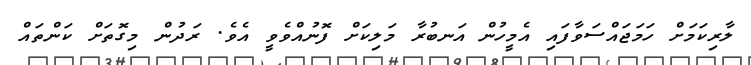
ލާރިކަމަށް ހަމަޖައްސަވާފައި އެމީހުން އަނބުރާ މަލިކަށް ފޮނުއްވެވީ އެވެ. ރަދުން މިގޮތަށް ކަންތައް